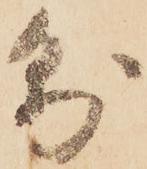
則